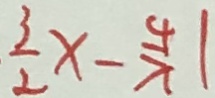
\frac { 3 } { 2 } x - \frac { 4 } { x } \vert